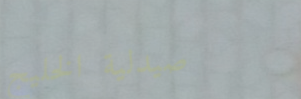
صيدلية الخليج